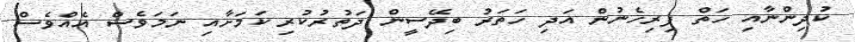
ކުދިންނާއި ހަތް ފިރިހެނުން އަދި ހަތަރު ބިދޭސީން ދަތުރުކުރި ކަމަށާއި ނަމަވެސް އެއްވެސް